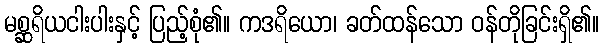
မစ္ဆရိယငါးပါးနှင့် ပြည့်စုံ၏။ ကဒရိယော၊ ခတ်ထန်သော ဝန်တိုခြင်းရှိ၏။